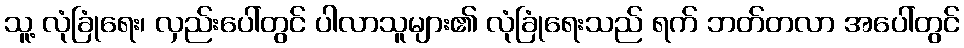
သူ့ လုံခြုံရေး၊ လှည်းပေါ်တွင် ပါလာသူများ၏ လုံခြုံရေးသည် ရက် ဘတ်တလာ အပေါ်တွင်